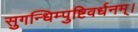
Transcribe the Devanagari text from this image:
सुगन्धिम्पुष्टिवर्धनम्‌।